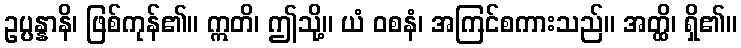
ဥပ္ပန္နာနိ၊ ဖြစ်ကုန်၏။ ဣတိ၊ ဤသို့။ ယံ ဝစနံ၊ အကြင်စကားသည်။ အတ္ထိ၊ ရှိ၏။